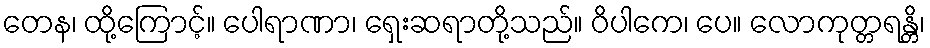
တေန၊ ထို့ကြောင့်။ ပေါရာဏာ၊ ရှေးဆရာတို့သည်။ ဝိပါကေ၊ ပေ။ လောကုတ္တရန္တိ၊